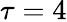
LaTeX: \tau=4